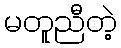
မတူညီတဲ့